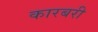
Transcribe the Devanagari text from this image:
कारबरी